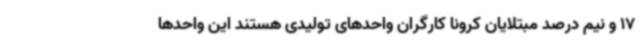
17 و نیم درصد مبتلایان کرونا کارگران واحدهای تولیدی هستند این واحدها